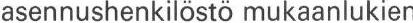
asennushenkilöstö mukaanlukien